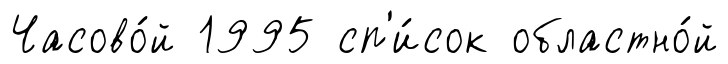
Часово́й 1995 сп'и́сок областно́й